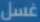
غسل